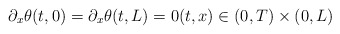
\begin{align*} \partial_{x} \theta(t, 0) = \partial_{x} \theta(t, L) = 0 (t, x) \in (0, T) \times (0, L) \end{align*}